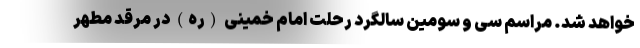
خواهد شد. مراسم سی و سومین سالگرد رحلت امام خمینی (ره) در مرقد مطهر